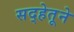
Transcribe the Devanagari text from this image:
सद्‍हेतूने